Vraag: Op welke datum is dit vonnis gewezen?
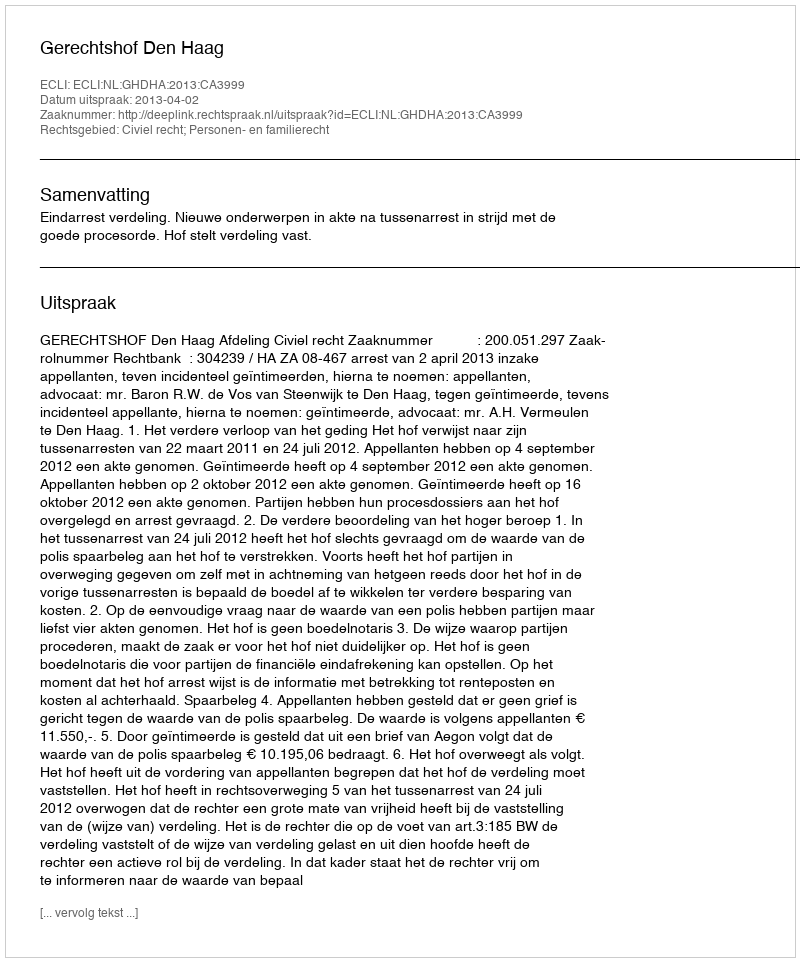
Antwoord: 2013-04-02